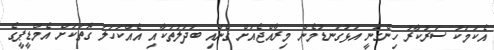
އެކަމަކު ސަރުކާރު ހިންގަނީ އަޅުގަނޑުމެން މިރާއްޖެއަށް ގެނައި ބަދަލުތަކާއި އެއްކަހަލަ ގޮތަކަށް އެމްޑީޕީގެ